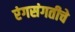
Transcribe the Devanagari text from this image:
रंगसंगतीचे